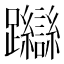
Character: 𨇼